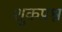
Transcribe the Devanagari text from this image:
शुकप्रश्न